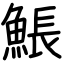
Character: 𩸕